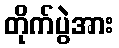
တိုက်ပွဲအား